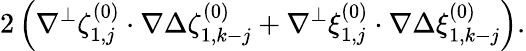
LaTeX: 2\left(\nabla^{\perp}\zeta_{1,j}^{(0)}\cdot\nabla\Delta\zeta_{1,k-j}^{(0)}+\nabla^{\perp}\xi_{1,j}^{(0)}\cdot\nabla\Delta\xi_{1,k-j}^{(0)}\right).